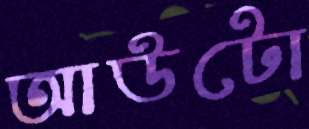
আউটো